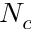
N _ { c }